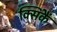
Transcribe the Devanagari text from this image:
क्सिंकैं